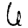
Digit: 6